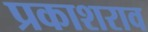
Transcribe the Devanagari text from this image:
प्रकाशराव